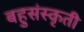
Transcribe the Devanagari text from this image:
बहुसंस्कृती